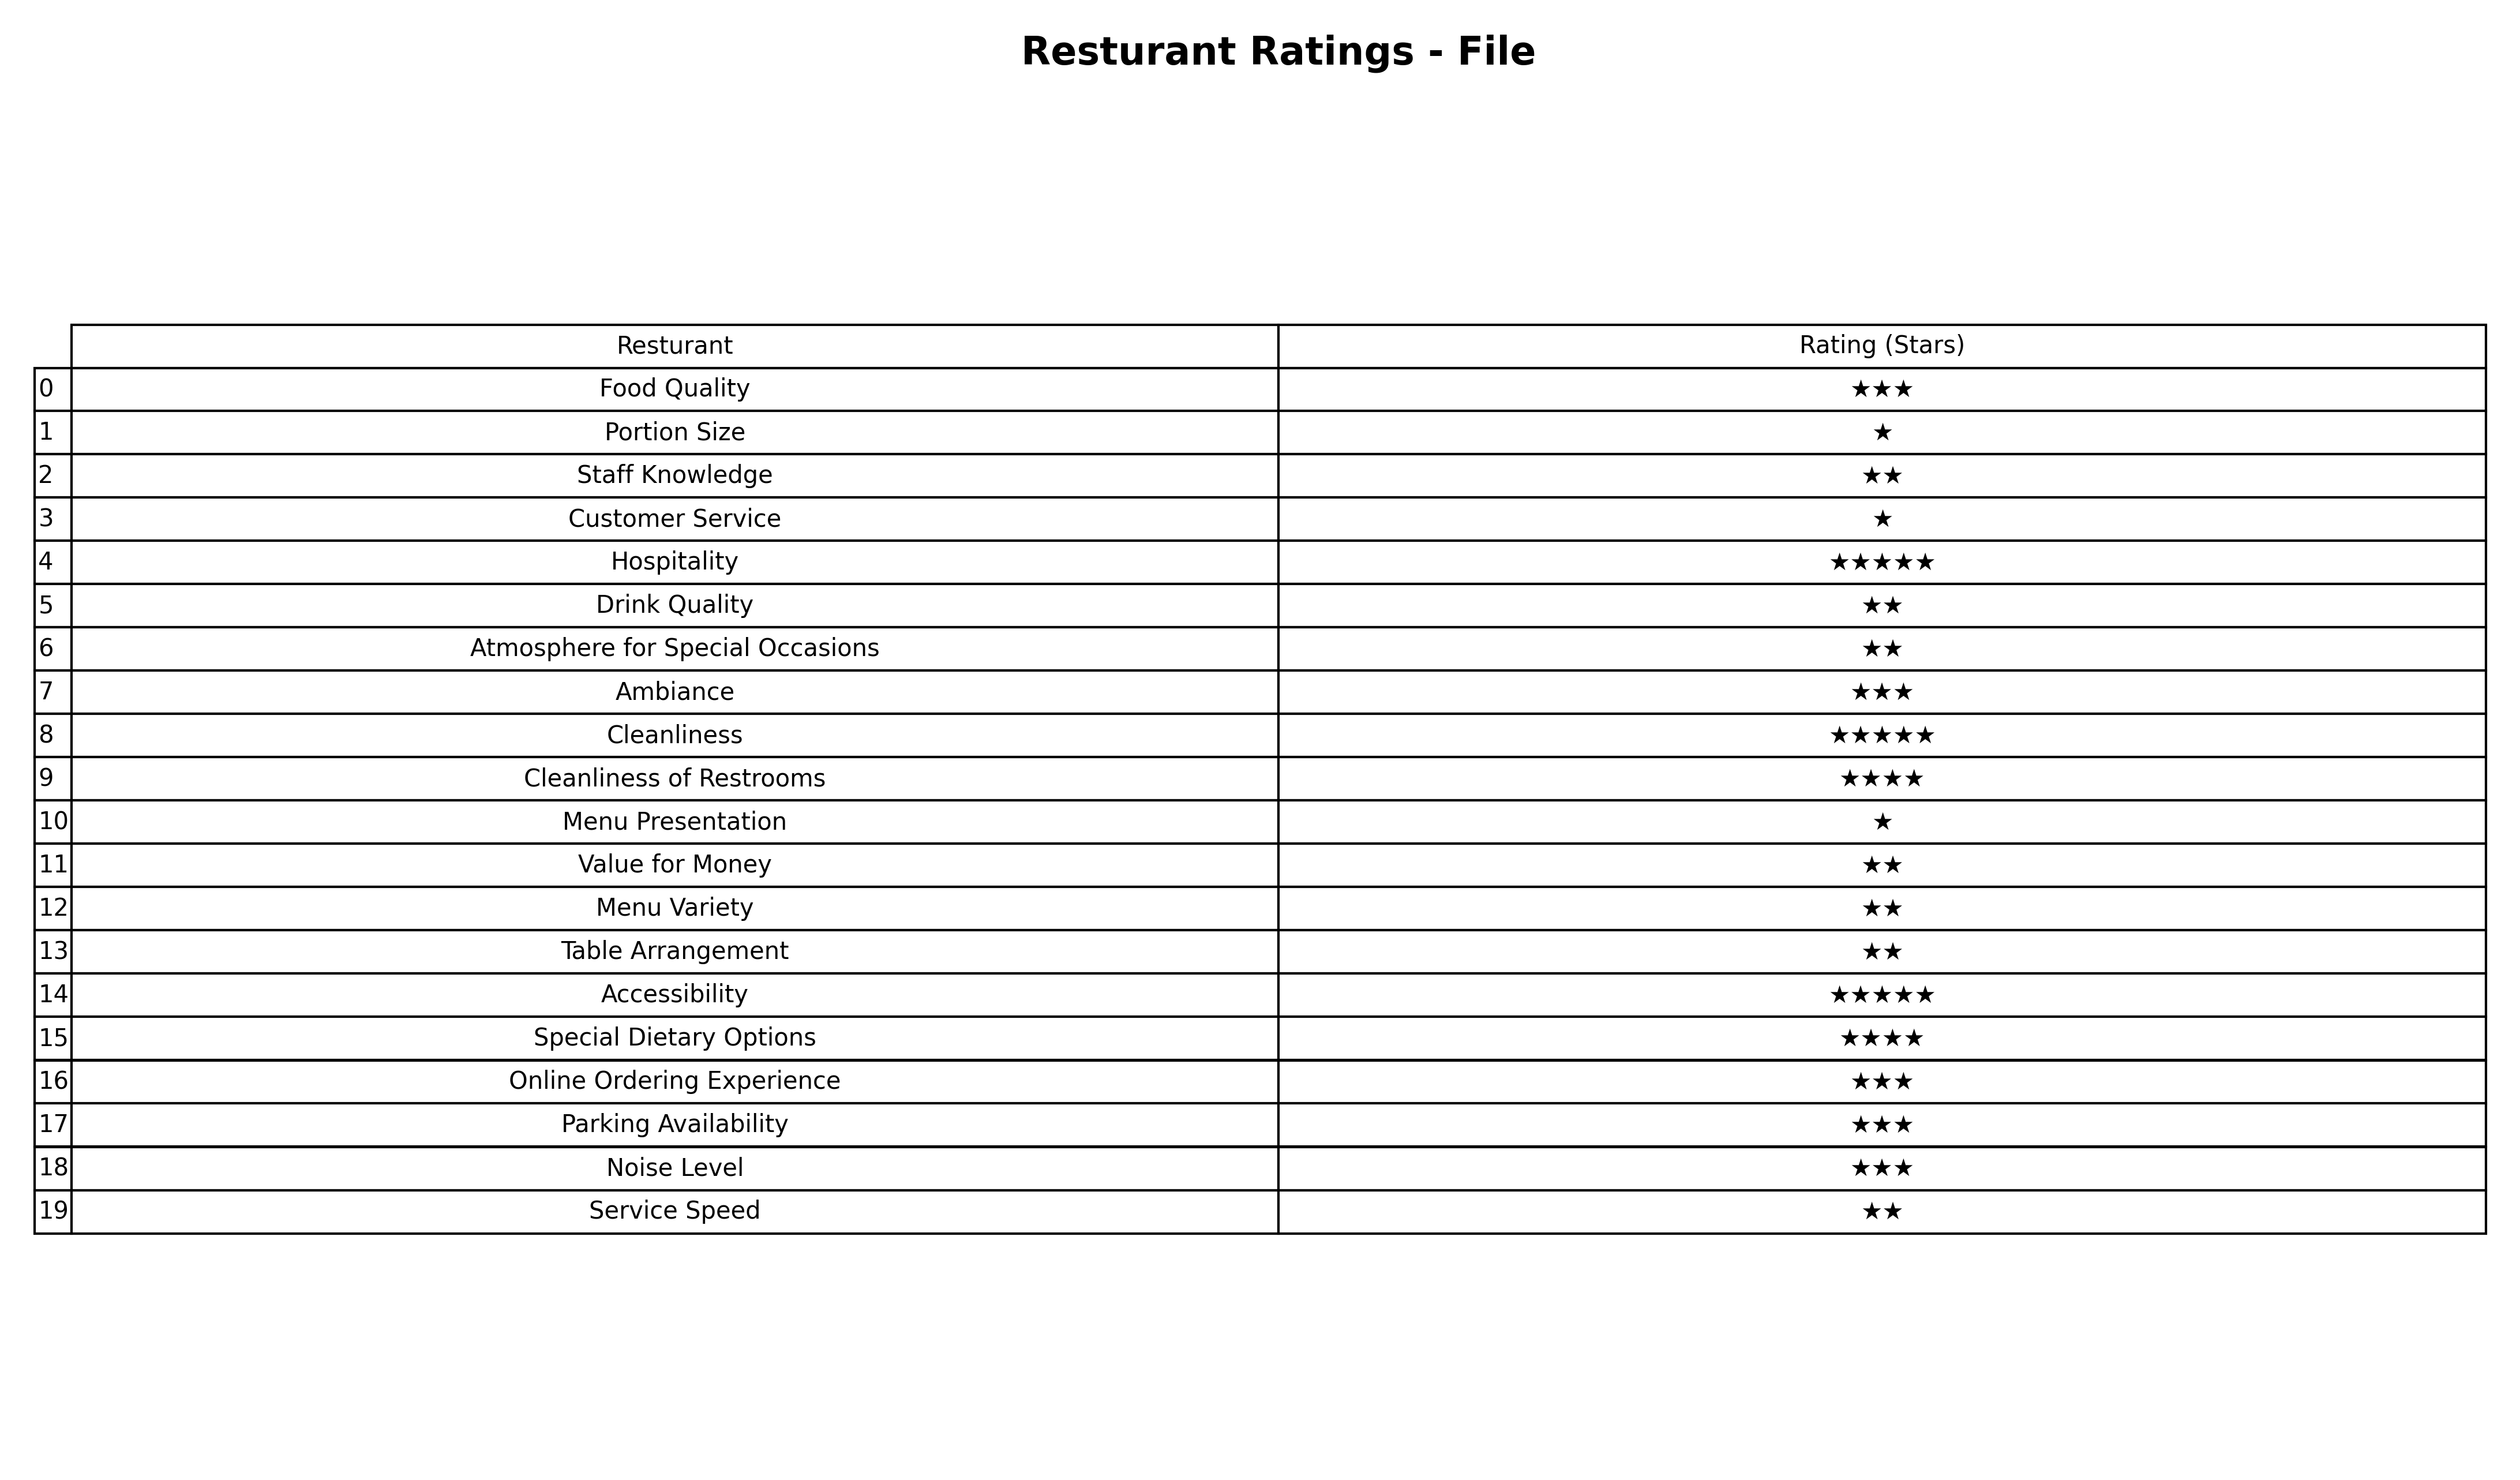
question: What is the rating of Menu Presentation?
answer: ★